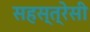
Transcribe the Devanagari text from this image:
सहस्त्रेसी